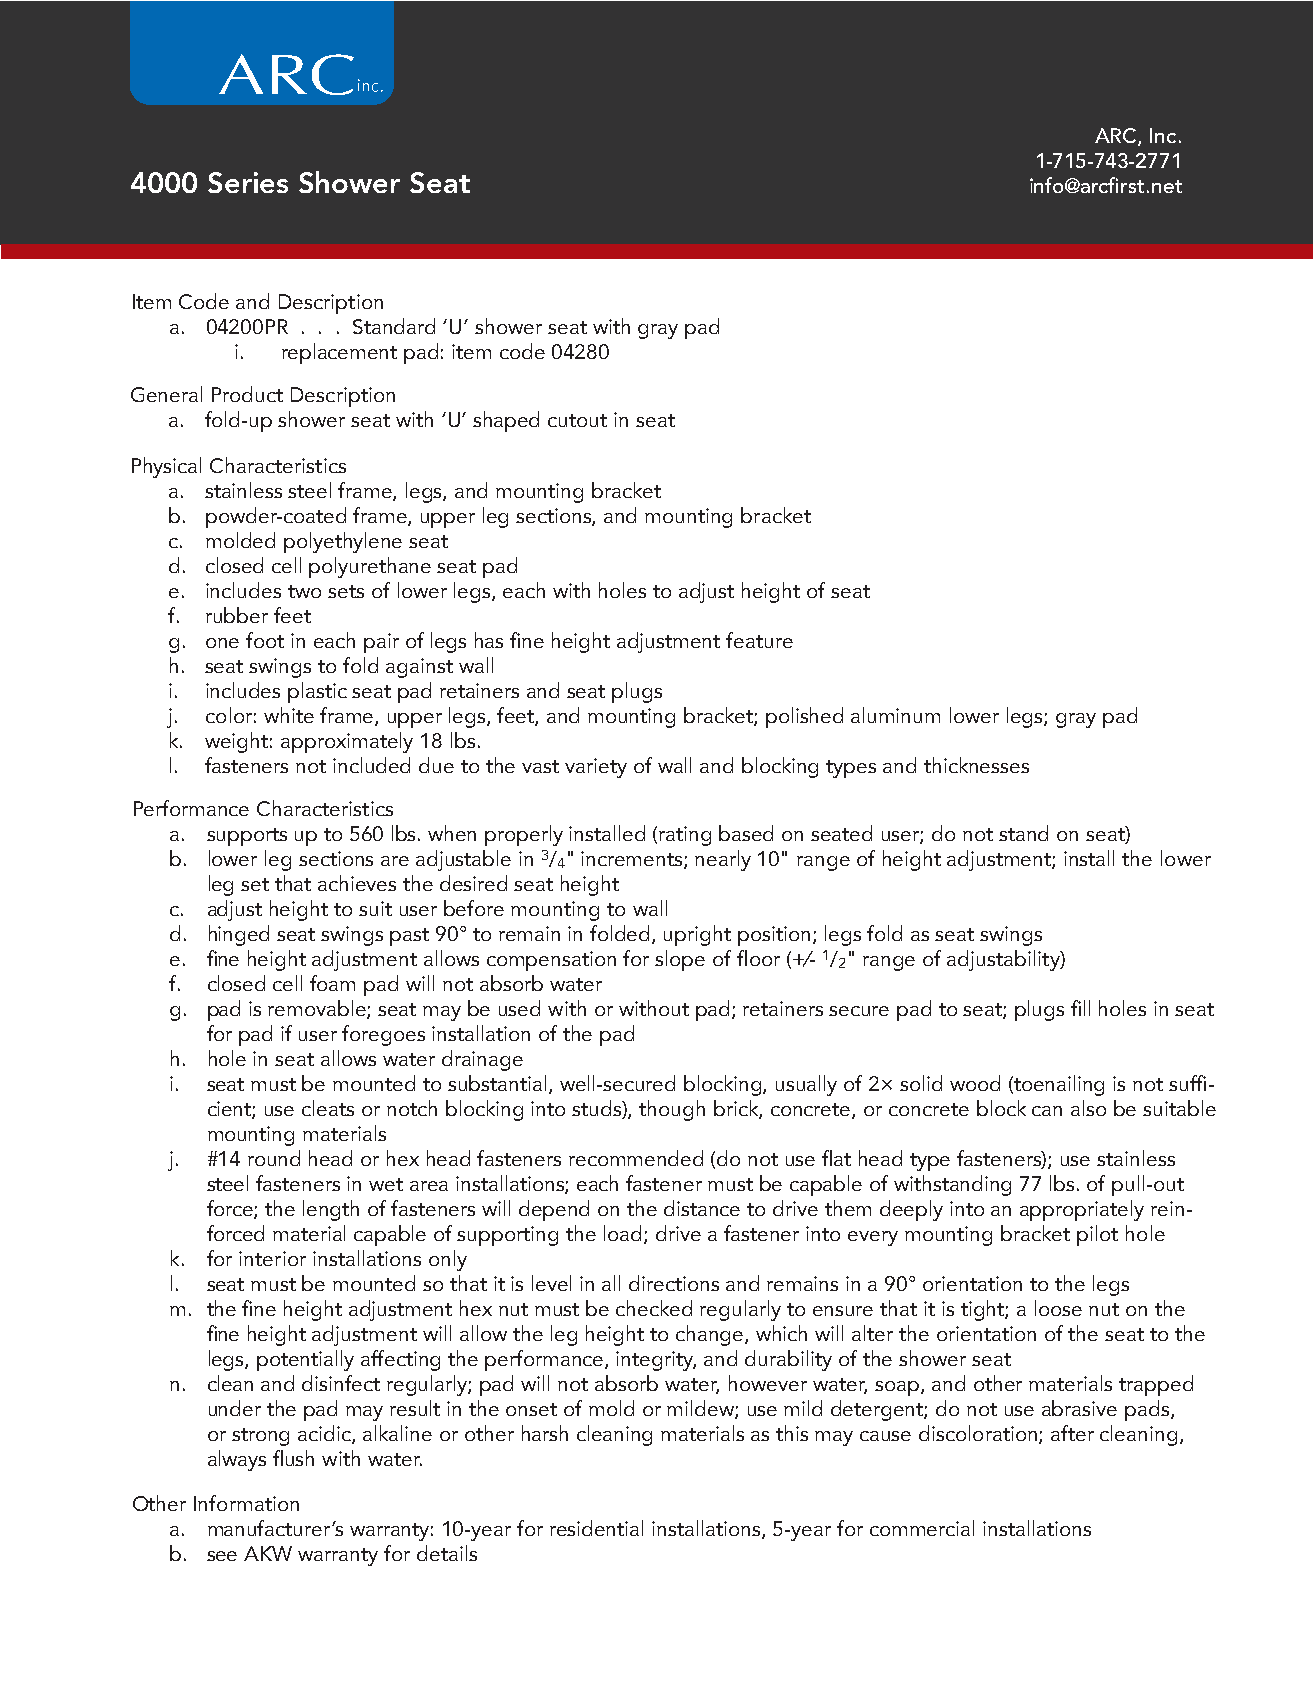
ARC, Inc.
 1-715-743-2771
 4000 Series Shower Seat                                    info@arcfirst.net
 Item Code and Description
 a. 04200PR . . . Standard ‘U’ shower seat with gray pad
 i. replacement pad: item code 04280
 General Product Description
 a. fold-up shower seat with ‘U’ shaped cutout in seat
 Physical Characteristics
 a. stainless steel frame, legs, and mounting bracket
 b. powder-coated frame, upper leg sections, and mounting bracket
 c. molded polyethylene seat
 d. closed cell polyurethane seat pad
 e. includes two sets of lower legs, each with holes to adjust height of seat
 f. rubber feet
 g. one foot in each pair of legs has fine height adjustment feature
 h. seat swings to fold against wall
 i. includes plastic seat pad retainers and seat plugs
 j. color: white frame, upper legs, feet, and mounting bracket; polished aluminum lower legs; gray pad
 k. weight: approximately 18 lbs.
 l. fasteners not included due to the vast variety of wall and blocking types and thicknesses
 Performance Characteristics
 a. supports up to 560 lbs. when properly installed (rating based on seated user; do not stand on seat)
 b. lower leg sections are adjustable in 3/4" increments; nearly 10" range of height adjustment; install the lower
 leg set that achieves the desired seat height
 c. adjust height to suit user before mounting to wall
 d. hinged seat swings past 90° to remain in folded, upright position; legs fold as seat swings
 e. fine height adjustment allows compensation for slope of floor (+⁄- 1/2" range of adjustability)
 f. closed cell foam pad will not absorb water
 g. pad is removable; seat may be used with or without pad; retainers secure pad to seat; plugs fill holes in seat
 for pad if user foregoes installation of the pad
 h. hole in seat allows water drainage
 i. seat must be mounted to substantial, well-secured blocking, usually of 2× solid wood (toenailing is not suffi-
 cient; use cleats or notch blocking into studs), though brick, concrete, or concrete block can also be suitable
 mounting materials
 j. #14 round head or hex head fasteners recommended (do not use flat head type fasteners); use stainless
 steel fasteners in wet area installations; each fastener must be capable of withstanding 77 lbs. of pull-out
 force; the length of fasteners will depend on the distance to drive them deeply into an appropriately rein-
 forced material capable of supporting the load; drive a fastener into every mounting bracket pilot hole
 k. for interior installations only
 l. seat must be mounted so that it is level in all directions and remains in a 90° orientation to the legs
 m. the fine height adjustment hex nut must be checked regularly to ensure that it is tight; a loose nut on the
 fine height adjustment will allow the leg height to change, which will alter the orientation of the seat to the
 legs, potentially affecting the performance, integrity, and durability of the shower seat
 n. clean and disinfect regularly; pad will not absorb water, however water, soap, and other materials trapped
 under the pad may result in the onset of mold or mildew; use mild detergent; do not use abrasive pads,
 or strong acidic, alkaline or other harsh cleaning materials as this may cause discoloration; after cleaning,
 always flush with water.
 Other Information
 a. manufacturer’s warranty: 10-year for residential installations, 5-year for commercial installations
 b. see AKW warranty for details